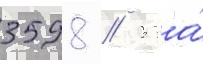
3598 / 5 га́